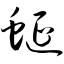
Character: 蜒